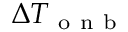
\Delta T _ { \mathrm { ~ o ~ n ~ b ~ } }